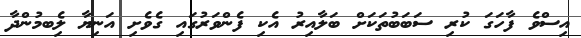
އިސްވެ ފާހަގަ ކުރި ސަބަބުތަކަށް ބަލާއިރު އެކި ފެންވަރުގައި ގެވެށި އަނިޔާ ލިެބމުންދާ